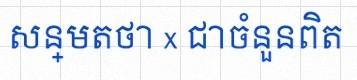
សន្មតថា x ជាចំនួនពិត